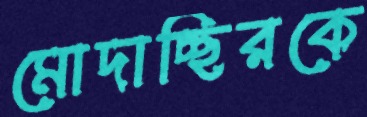
মোদাচ্ছিরকে